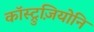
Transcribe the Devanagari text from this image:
कॉस्ट्रुज़ियोनि